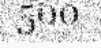
500